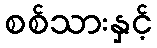
စစ်သားနှင့်